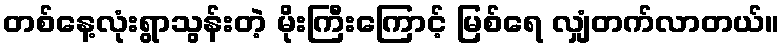
တစ်နေ့လုံးရွာသွန်းတဲ့ မိုးကြီးကြောင့် မြစ်ရေ လျှံတက်လာတယ်။